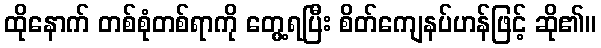
ထိုနောက် တစ်စုံတစ်ရာကို တွေ့ရပြီး စိတ်ကျေနပ်ဟန်ဖြင့် ဆို၏။